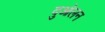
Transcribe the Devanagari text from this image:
दुओलन